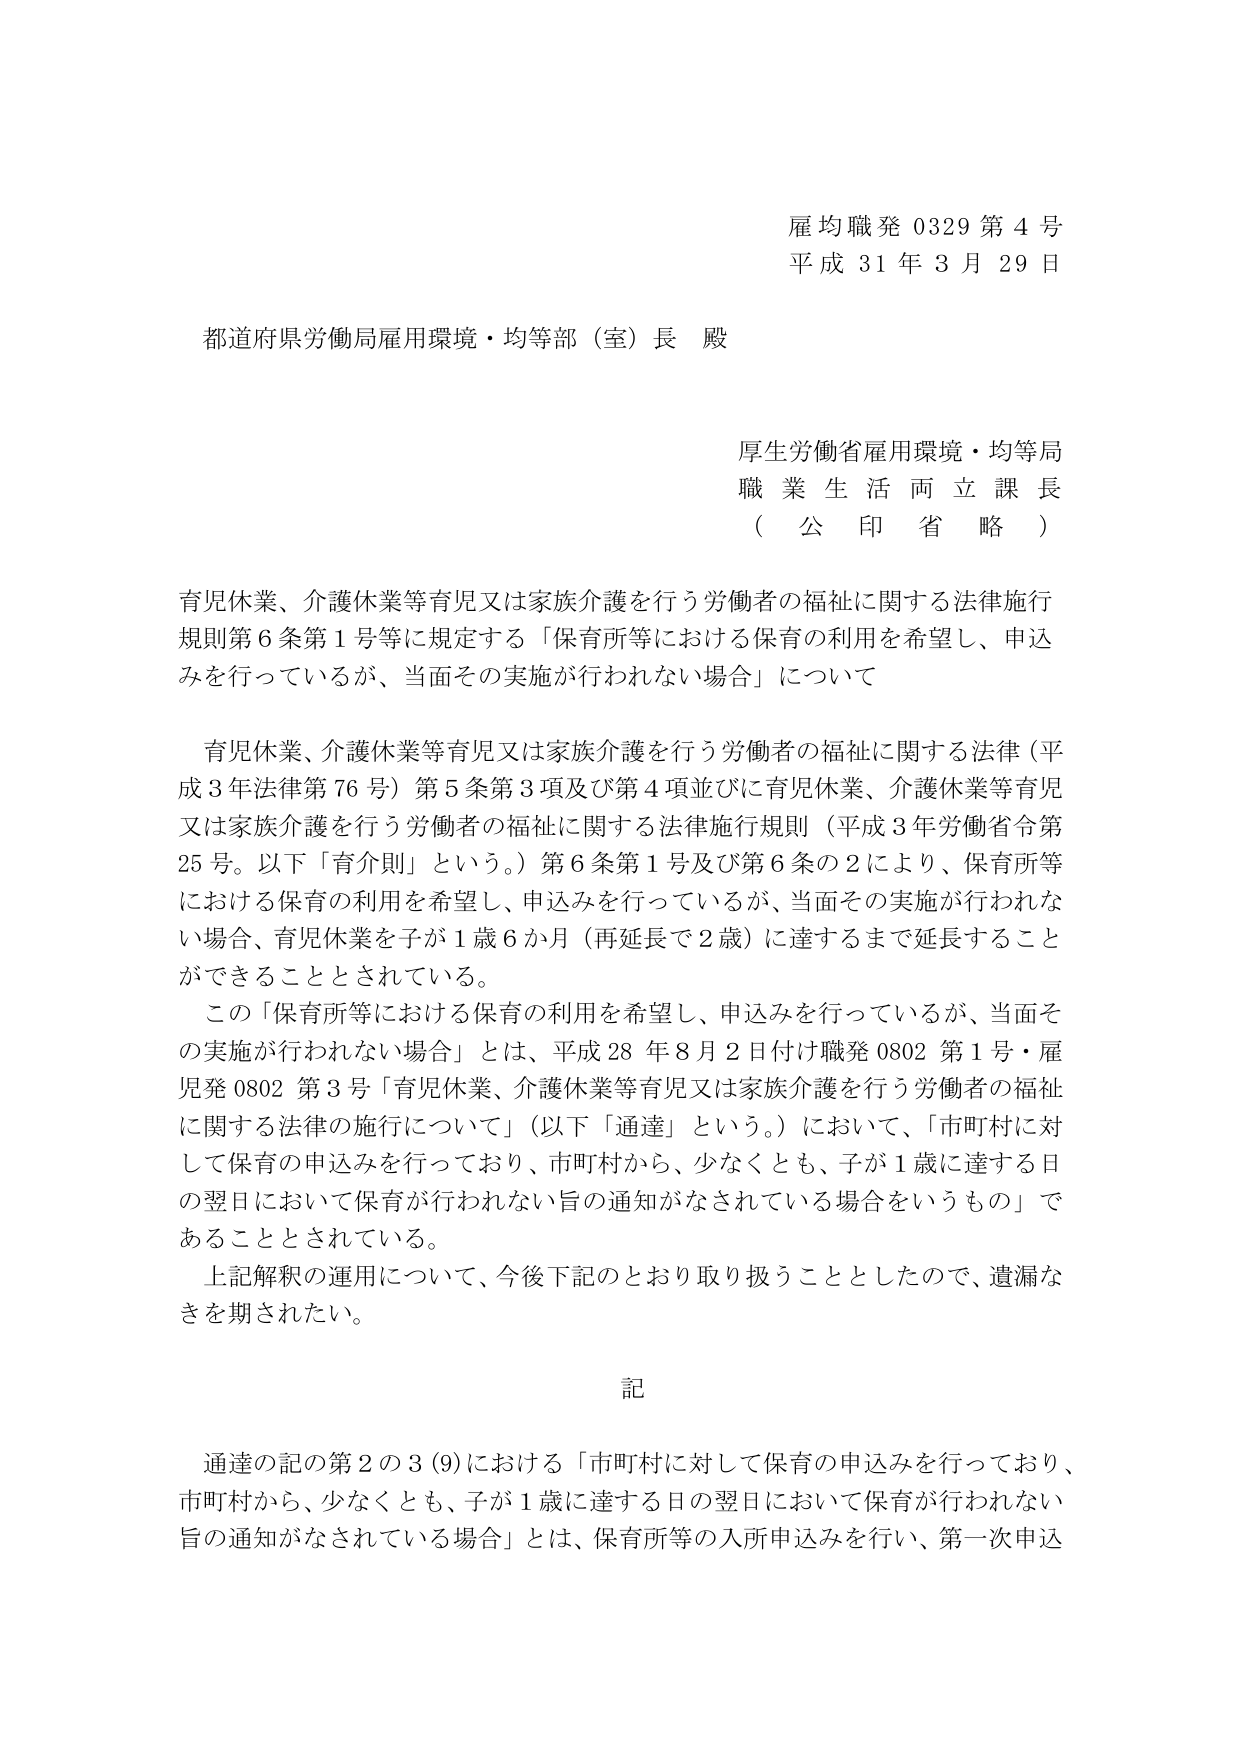
雇均職発 0329 第 4 号
平成 31 年 3 月 29 日

都道府県労働局雇用環境・均等部（室）長 殿

厚生労働省雇用環境・均等局
職業生活両立課長
（公印省略）

育児休業、介護休業等育児又は家族介護を行う労働者の福祉に関する法律施行
規則第6条第1号等に規定する「保育所等における保育の利用を希望し、申込みを行っているが、当面その実施が行われない場合」について

育児休業、介護休業等育児又は家族介護を行う労働者の福祉に関する法律（平成3年法律第76号）第5条第3項及び第4項並びに育児休業、介護休業等育児又は家族介護を行う労働者の福祉に関する法律施行規則（平成3年労働省令第25号。以下「育介則」という。）第6条第1号及び第6条の2により、保育所等における保育の利用を希望し、申込みを行っているが、当面その実施が行われない場合、育児休業を子が1歳6か月（再延長で2歳）に達するまで延長することができる thingとされている。

この「保育所等における保育の利用を希望し、申込みを行っているが、当面その実施が行われない場合」とは、平成28年8月2日付け職発0802第1号・雇児発0802第3号「育児休業、介護休業等育児又は家族介護を行う労働者の福祉に関する法律の施行について」（以下「通達」という。）において、「市町村に対して保育の申込みを行っており、市町村から、少なくとも、子が1歳に達する日の翌日において保育が行われない旨の通知がなされている場合をいうもの」であることとされている。

上記解釈の運用について、今後下記のとおり取り扱うこととしたので、遺漏なきを期されたい。

記

通達の記の第2の3(9)における「市町村に対して保育の申込みを行っており、市町村から、少なくとも、子が1歳に達する日の翌日において保育が行われない旨の通知がなされている場合」とは、保育所等の入所申込みを行い、第一次申込